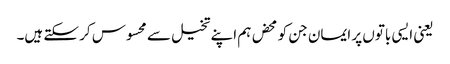
یعنی ایسی باتوں پر ایمان جن کو محض ہم اپنے تخیل سے محسوس کر سکتے ہیں۔